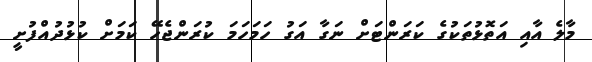
މާލެ އާއި އަތޮޅުތަކުގެ ކަރަންޓަށް ނަގާ އަގު ހަމަހަމަ ކުރަންޖެހޭ ކަމަށް ކުޅުދުއްފުށީ